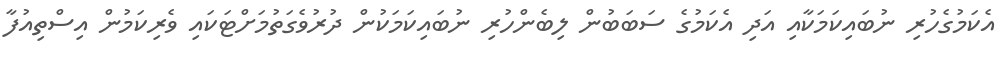
އެކަމުގެހުރި ނުބައިކަމަކާއި އަދި އެކަމުގެ ސަބަބުން ލިބެންހުރި ނުބައިކަމަކުން ދުރުވެގަތުމަށްޓަކައި ވެރިކަމުން އިސްތިއުފާ